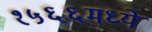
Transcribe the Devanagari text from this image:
१५६६मध्ये